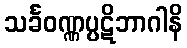
သင်္ခဝဏ္ဏပ္ပဋိဘာဂါနိ